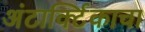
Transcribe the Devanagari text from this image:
अंटार्क्टिकाचा